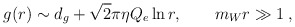
\begin{align*}g(r) \sim d_g + \sqrt{2}\pi\eta Q_e \ln r, \qquad m_W r \gg 1 \: ,\end{align*}